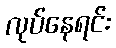
လုပ်နေရင်း